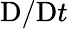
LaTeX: {\textnormal{D}}/{\textnormal{D}t}